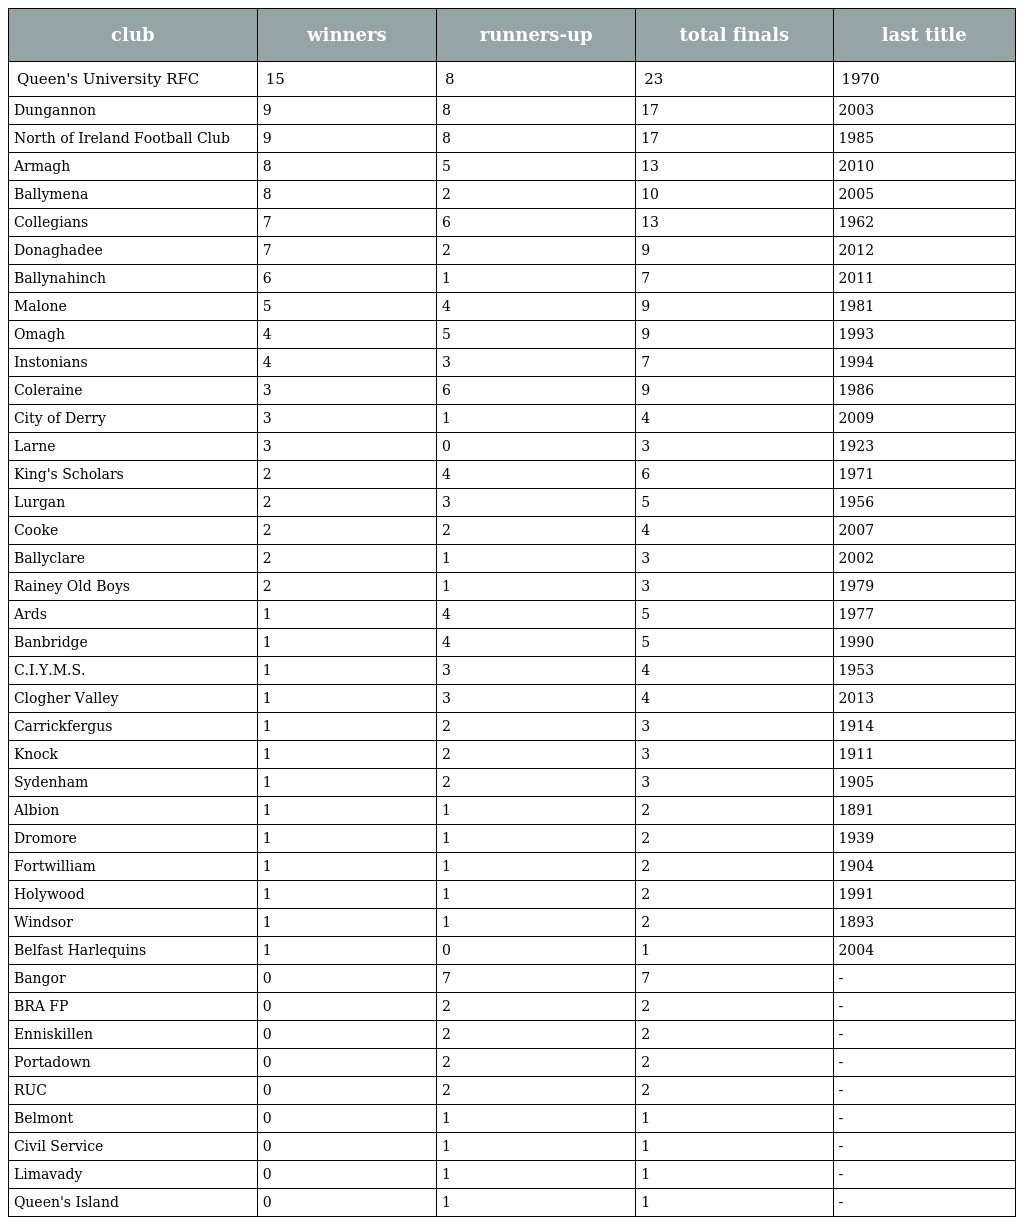
| club | winners | runners-up | total finals | last title |
 | --- | --- | --- | --- | --- |
 | Queen's University RFC | 15 | 8 | 23 | 1970 |
 | Dungannon | 9 | 8 | 17 | 2003 |
 | North of Ireland Football Club | 9 | 8 | 17 | 1985 |
 | Armagh | 8 | 5 | 13 | 2010 |
 | Ballymena | 8 | 2 | 10 | 2005 |
 | Collegians | 7 | 6 | 13 | 1962 |
 | Donaghadee | 7 | 2 | 9 | 2012 |
 | Ballynahinch | 6 | 1 | 7 | 2011 |
 | Malone | 5 | 4 | 9 | 1981 |
 | Omagh | 4 | 5 | 9 | 1993 |
 | Instonians | 4 | 3 | 7 | 1994 |
 | Coleraine | 3 | 6 | 9 | 1986 |
 | City of Derry | 3 | 1 | 4 | 2009 |
 | Larne | 3 | 0 | 3 | 1923 |
 | King's Scholars | 2 | 4 | 6 | 1971 |
 | Lurgan | 2 | 3 | 5 | 1956 |
 | Cooke | 2 | 2 | 4 | 2007 |
 | Ballyclare | 2 | 1 | 3 | 2002 |
 | Rainey Old Boys | 2 | 1 | 3 | 1979 |
 | Ards | 1 | 4 | 5 | 1977 |
 | Banbridge | 1 | 4 | 5 | 1990 |
 | C.I.Y.M.S. | 1 | 3 | 4 | 1953 |
 | Clogher Valley | 1 | 3 | 4 | 2013 |
 | Carrickfergus | 1 | 2 | 3 | 1914 |
 | Knock | 1 | 2 | 3 | 1911 |
 | Sydenham | 1 | 2 | 3 | 1905 |
 | Albion | 1 | 1 | 2 | 1891 |
 | Dromore | 1 | 1 | 2 | 1939 |
 | Fortwilliam | 1 | 1 | 2 | 1904 |
 | Holywood | 1 | 1 | 2 | 1991 |
 | Windsor | 1 | 1 | 2 | 1893 |
 | Belfast Harlequins | 1 | 0 | 1 | 2004 |
 | Bangor | 0 | 7 | 7 | - |
 | BRA FP | 0 | 2 | 2 | - |
 | Enniskillen | 0 | 2 | 2 | - |
 | Portadown | 0 | 2 | 2 | - |
 | RUC | 0 | 2 | 2 | - |
 | Belmont | 0 | 1 | 1 | - |
 | Civil Service | 0 | 1 | 1 | - |
 | Limavady | 0 | 1 | 1 | - |
 | Queen's Island | 0 | 1 | 1 | - |